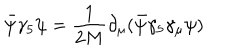
LaTeX: \bar { \psi } \gamma _ { 5 } \psi = \frac { 1 } { 2 M } \partial _ { \mu } ( \bar { \psi } \gamma _ { 5 } \gamma _ { \mu } \psi ) \nonumber